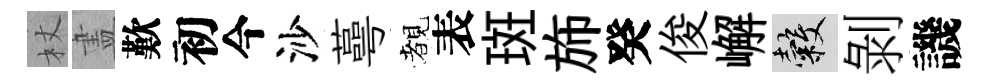
杖𥁞歎初今沙蕚覩表斑斾癸俊嶰穀剝譏